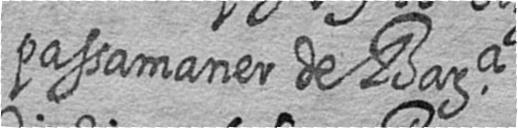
passamaner de Bara